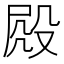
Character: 𣪍